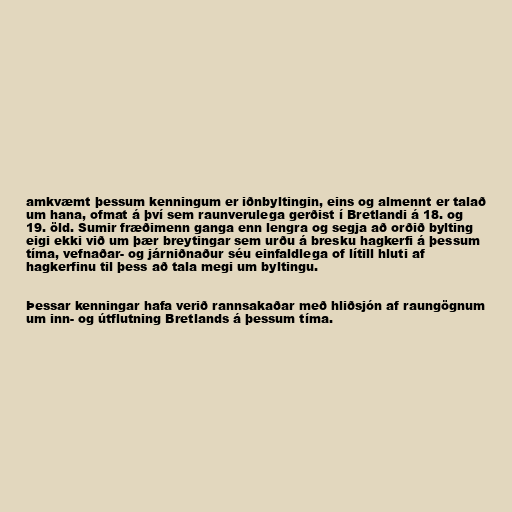
amkvæmt þessum kenningum er iðnbyltingin, eins og almennt er talað
um hana, ofmat á því sem raunverulega gerðist í Bretlandi á 18. og
19. öld. Sumir fræðimenn ganga enn lengra og segja að orðið bylting
eigi ekki við um þær breytingar sem urðu á bresku hagkerfi á þessum
tíma, vefnaðar- og járniðnaður séu einfaldlega of lítill hluti af
hagkerfinu til þess að tala megi um byltingu.

Þessar kenningar hafa verið rannsakaðar með hliðsjón af raungögnum
um inn- og útflutning Bretlands á þessum tíma.